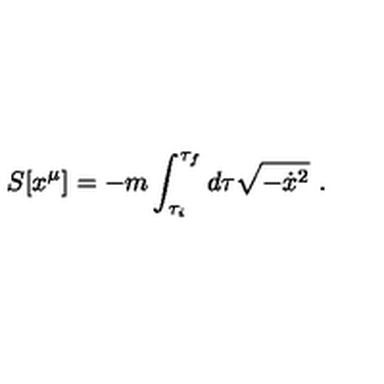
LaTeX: S [ x ^ { \mu } ] = - m \int _ { \tau _ { i } } ^ { \tau _ { f } } d \tau \sqrt { - \dot { x } ^ { 2 } } \ .